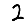
Digit: 2